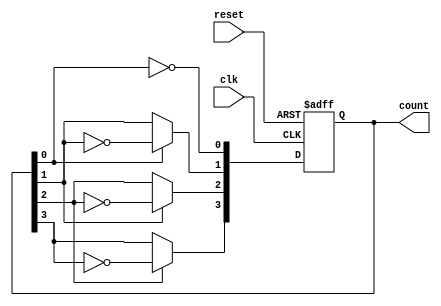
module async_ripple_counter (
    input wire clk,          // Clock input
    input wire reset,        // Asynchronous reset input
    output reg [n-1:0] count // n-bit output count
);
    parameter n = 4; // Number of bits in the counter

    // Asynchronous reset and counting logic
    always @(posedge clk or posedge reset) begin
        if (reset) begin
            count <= 0; // Reset the counter to zero
        end else begin
            // Ripple counting logic
            count[0] <= ~count[0]; // Toggle LSB on clock edge
            count[1] <= count[0] ? ~count[1] : count[1]; // Toggle next bit if LSB transitions from 1 to 0
            count[2] <= count[1] ? ~count[2] : count[2]; // Toggle next bit based on previous bit
            count[3] <= count[2] ? ~count[3] : count[3]; // Continue for higher bits
            // Extend this pattern for larger n if needed
        end
    end
endmodule